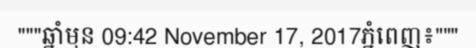
"""ឆ្នាំមុន 09:42 November 17, 2017ភ្នំពេញ៖"""